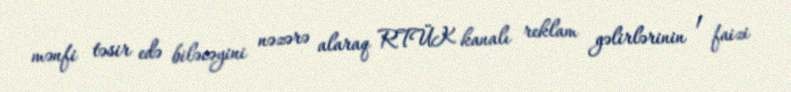
mənfi təsir edə biləcəyini nəzərə alaraq RTÜK kanalı reklam gəlirlərinin 1 faizi